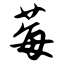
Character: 莓